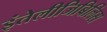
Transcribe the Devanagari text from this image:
इंतेलीजिबिलिस